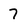
Character: 7